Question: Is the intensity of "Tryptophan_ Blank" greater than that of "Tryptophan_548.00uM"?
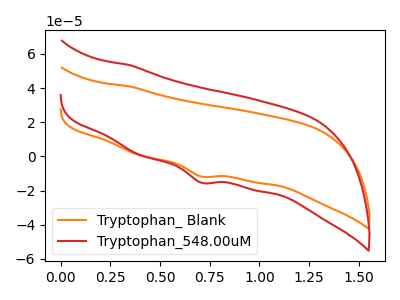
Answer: <think>The orange curve "Tryptophan_ Blank" has a cathodic peak at: (0.70V, -11.80uA). The red curve "Tryptophan_548.00uM" has a cathodic peak at: (0.70V, -15.35uA).
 All the peaks in "Tryptophan_ Blank" have a peak in "Tryptophan_548.00uM" at the same potential. Every peak in "Tryptophan_ Blank" is lower than every peak in "Tryptophan_548.00uM".</think>
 <answer>"Tryptophan_ Blank" has less signal than "Tryptophan_548.00uM".</answer>
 <eval>less_signal</eval>